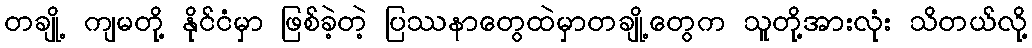
တချို့ ကျမတို့ နိုင်ငံမှာ ဖြစ်ခဲ့တဲ့ ပြဿနာတွေထဲမှာတချို့တွေက သူတို့အားလုံး သိတယ်လို့